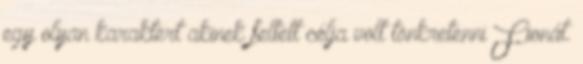
egy olyan karaktert akinek feltett célja volt tönkretenni Fionát.